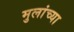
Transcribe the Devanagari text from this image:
मुलांच्‍या